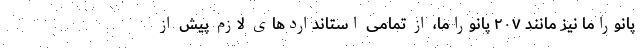
پانوراما نیز مانند ۲۰۷ پانوراما، از تمامی استانداردهای لازم پیش از